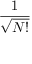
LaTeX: \frac { 1 } { \sqrt { N ! } }